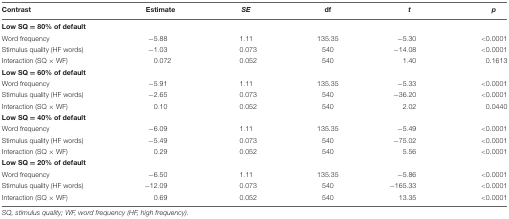
<table><thead><tr><td><b>Contrast</b></td><td><b>Estimate</b></td><td><b><i>SE</i></b></td><td><b>df</b></td><td><b><i>t</i></b></td><td><b><i>p</i></b></td></tr></thead><tbody><tr><td><b>Low SQ = 80% of default</b></td><td></td><td></td><td></td><td></td><td></td></tr><tr><td>Word frequency</td><td>-5.88</td><td>1.11</td><td>135.35</td><td>-5.30</td><td>&lt;0.0001</td></tr><tr><td>Stimulus quality (HF words)</td><td>-1.03</td><td>0.073</td><td>540</td><td>-14.08</td><td>&lt;0.0001</td></tr><tr><td>Interaction (SQ × WF)</td><td>0.072</td><td>0.052</td><td>540</td><td>1.40</td><td>0.1613</td></tr><tr><td><b>Low SQ = 60% of default</b></td><td></td><td></td><td></td><td></td><td></td></tr><tr><td>Word frequency</td><td>-5.91</td><td>1.11</td><td>135.35</td><td>-5.33</td><td>&lt;0.0001</td></tr><tr><td>Stimulus quality (HF words)</td><td>-2.65</td><td>0.073</td><td>540</td><td>-36.20</td><td>&lt;0.0001</td></tr><tr><td>Interaction (SQ × WF)</td><td>0.10</td><td>0.052</td><td>540</td><td>2.02</td><td>0.0440</td></tr><tr><td><b>Low SQ = 40% of default</b></td><td></td><td></td><td></td><td></td><td></td></tr><tr><td>Word frequency</td><td>-6.09</td><td>1.11</td><td>135.35</td><td>-5.49</td><td>&lt;0.0001</td></tr><tr><td>Stimulus quality (HF words)</td><td>-5.49</td><td>0.073</td><td>540</td><td>-75.02</td><td>&lt;0.0001</td></tr><tr><td>Interaction (SQ × WF)</td><td>0.29</td><td>0.052</td><td>540</td><td>5.56</td><td>&lt;0.0001</td></tr><tr><td><b>Low SQ = 20% of default</b></td><td></td><td></td><td></td><td></td><td></td></tr><tr><td>Word frequency</td><td>-6.50</td><td>1.11</td><td>135.35</td><td>-5.86</td><td>&lt;0.0001</td></tr><tr><td>Stimulus quality (HF words)</td><td>-12.09</td><td>0.073</td><td>540</td><td>-165.33</td><td>&lt;0.0001</td></tr><tr><td>Interaction (SQ × WF)</td><td>0.69</td><td>0.052</td><td>540</td><td>13.35</td><td>&lt;0.0001</td></tr></tbody></table>